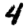
Digit: 4